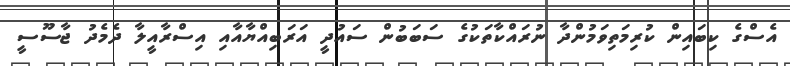
އެސްގެ ކިބައިން ކުރިމަތިވަމުންދާ ނުރައްކާތަކުގެ ސަބަބުން ސައުދީ އަރަބިއްޔާއާއި އިސްރާއީލާ ދެމެދު ޖާސޫސީ